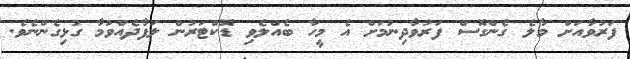
ފަރުވާއަށް މާލެ ގެންގޮސް ފަރުވާދިނުމަށް އެ މީހާ ބެއްލެވި ޑޮކްޓަރުން ލަފާދެއްވުމާ ގުޅިގެންނެވެ.